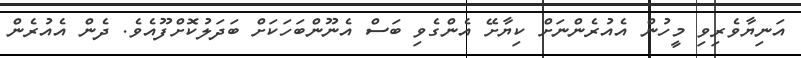
އަނިޔާވެރިވި މީހުން އެއުރެންނަށް ކިޔާށޭ އެންގެވި ބަސް އެނޫންބަހަކަށް ބަދަލުކޮށްފޫއެވެ. ދެން އެއުރެން